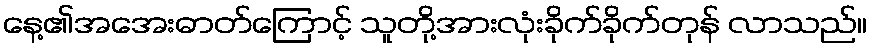
နေ့၏အအေးဓာတ်ကြောင့် သူတို့အားလုံးခိုက်ခိုက်တုန် လာသည်။